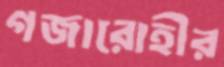
গজারোহীর